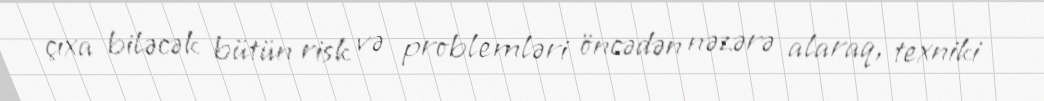
çıxa biləcək bütün risk və problemləri öncədən nəzərə alaraq, texniki